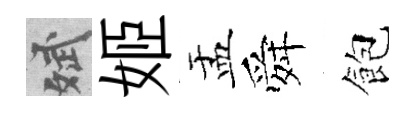
斌姬盂舜飽